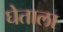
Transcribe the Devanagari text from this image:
घेताला